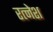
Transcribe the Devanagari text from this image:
रत्नेश